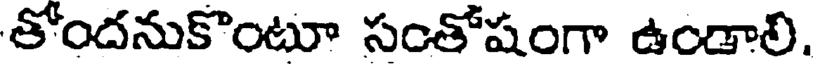
తోందనుకొంటూ సంతోషంగా ఉండాలి.